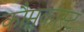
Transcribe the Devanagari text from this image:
कौमकास्ट